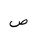
Letter: _sad